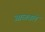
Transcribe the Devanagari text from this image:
आळवले